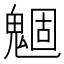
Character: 𲌪